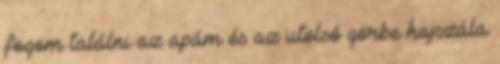
fogom találni az apám és az utolsó görbe hajszála